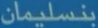
بنسليمان